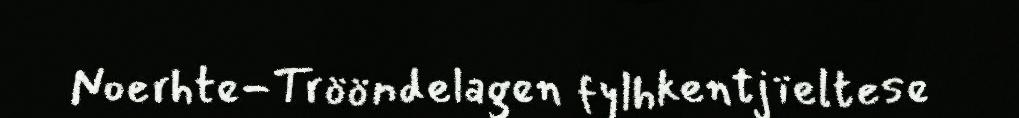
Noerhte-Trööndelagen fylhkentjïeltese